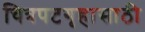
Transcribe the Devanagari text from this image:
चित्रपटगृहासाठी